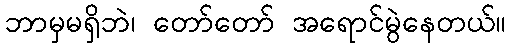
ဘာမှမရှိဘဲ၊ တော်တော် အရောင်မွဲနေတယ်။